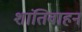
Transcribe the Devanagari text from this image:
शांतिवाहन